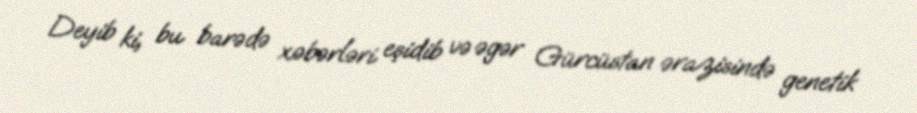
Deyib ki, bu barədə xəbərləri eşidib və əgər Gürcüstan ərazisində genetik